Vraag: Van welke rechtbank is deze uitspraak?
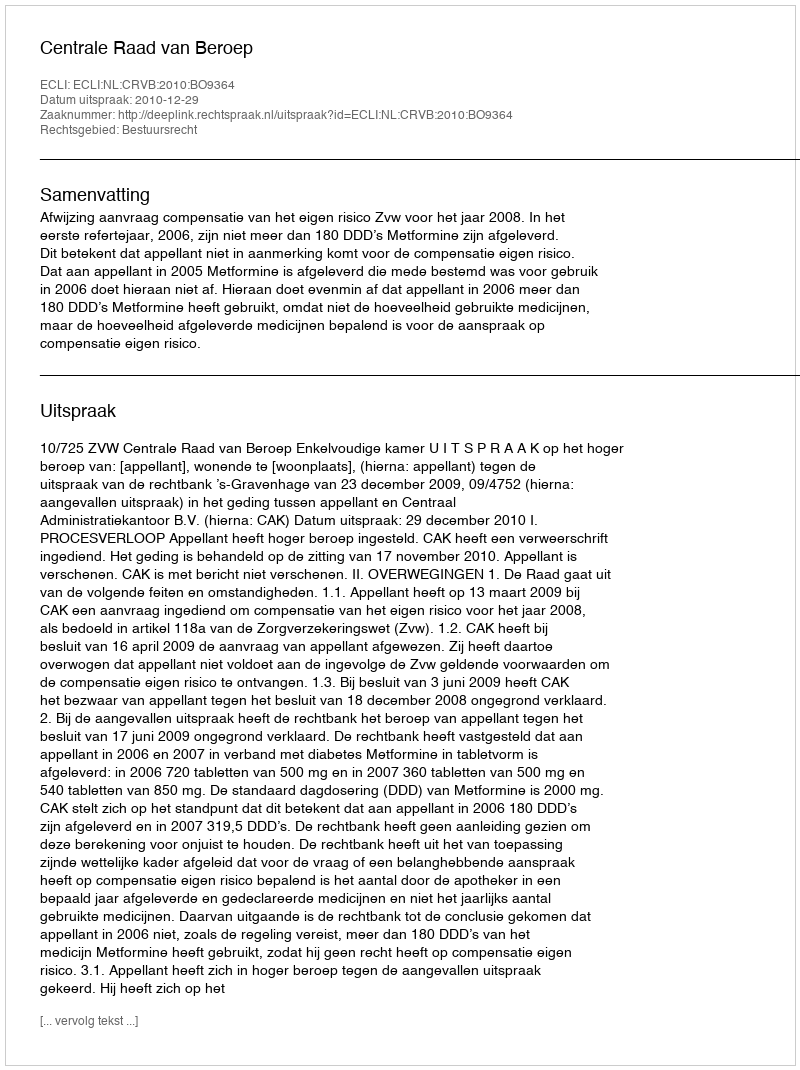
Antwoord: Centrale Raad van Beroep